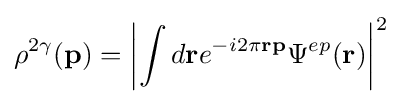
\rho ^{2\gamma }(\mathbf {p} )=\left|\int d\mathbf {r} e^{-i2\pi \mathbf {rp} }\Psi ^{ep}(\mathbf {r} )\right|^{2}